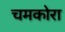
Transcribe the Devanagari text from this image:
चमकोरा